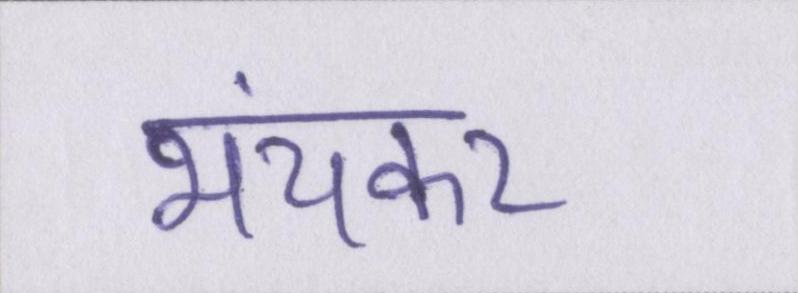
भयंकर